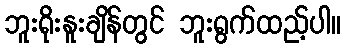
ဘူးရိုးနူးချိန်တွင် ဘူးရွက်ထည့်ပါ။